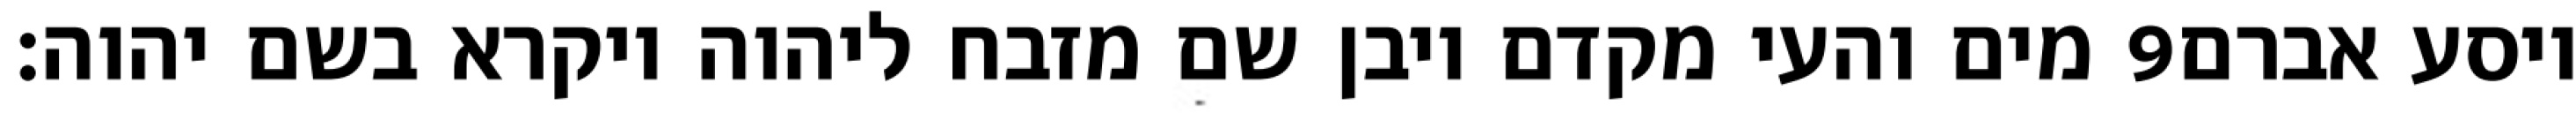
מים והעי מקדם ויבן שם מזבח ליהוה ויקרא בשם יהוה׃ ‎9‏ ויסע אברם